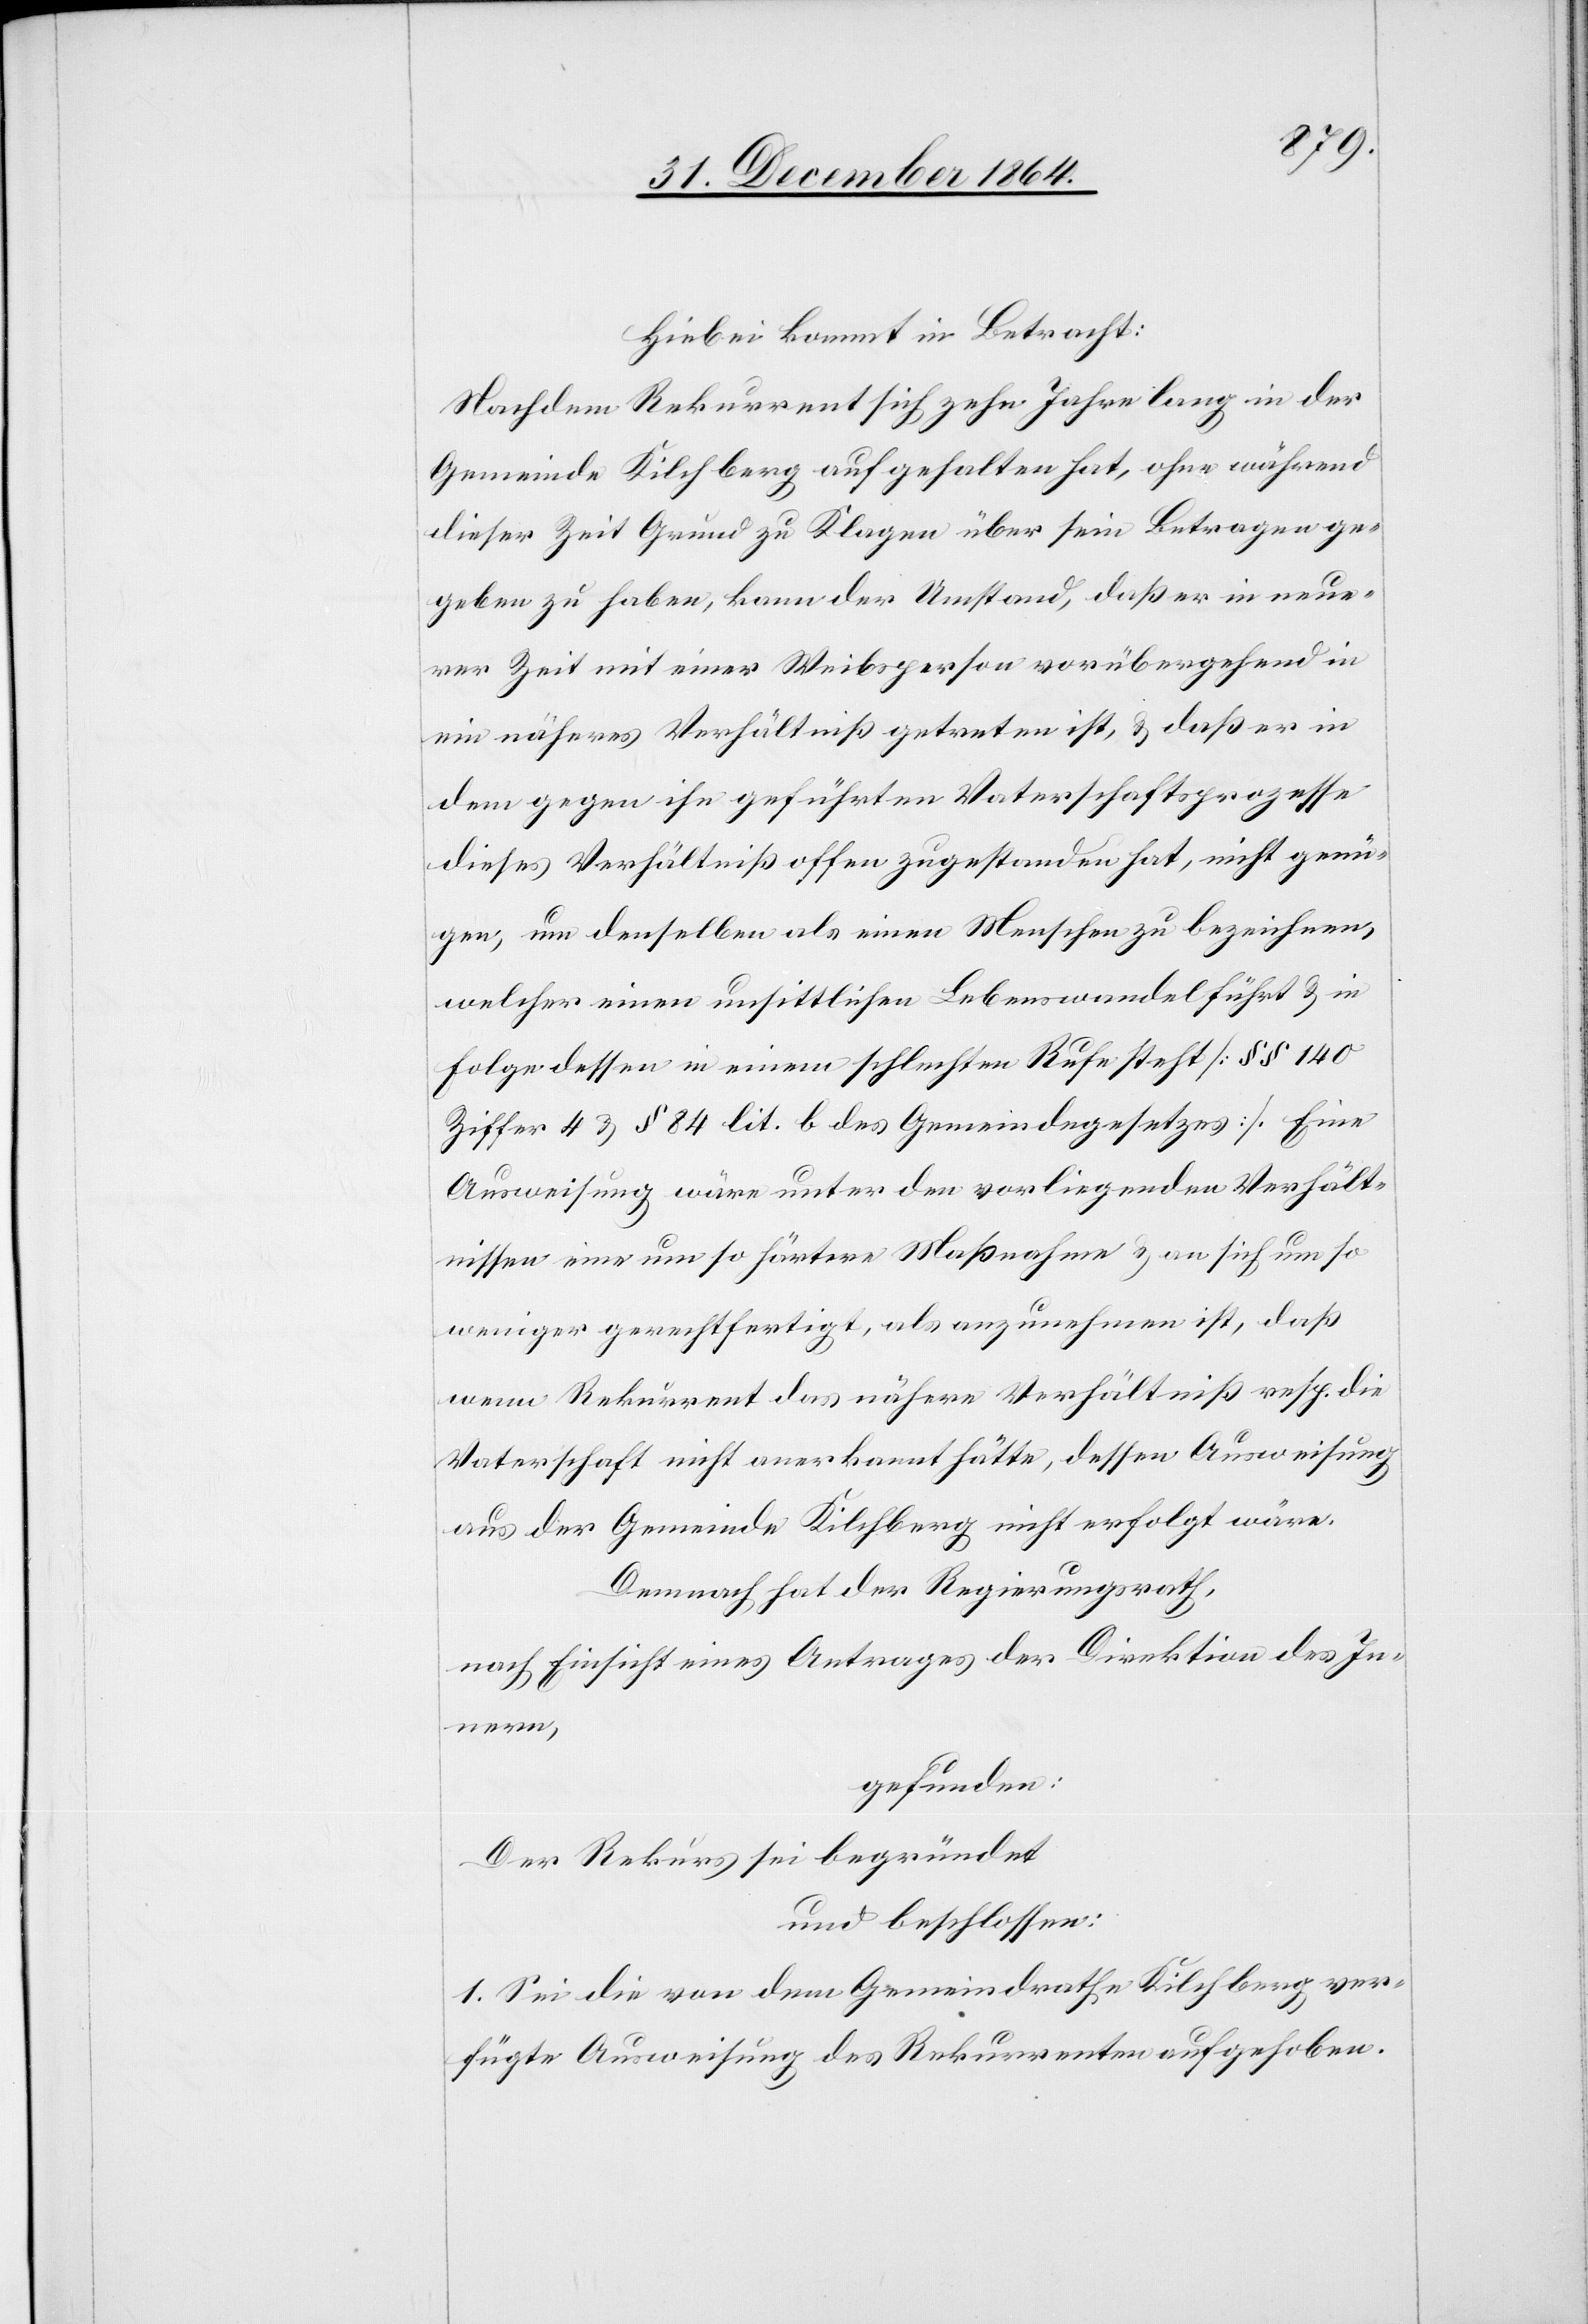
Hiebei kommt in Betracht:
Nachdem Rekurrent sich zehn Jahre lang in der
Gemeinde Kilchberg aufgehalten hat, ohne während
dieser Zeit Grund zu Klagen über sein Betragen ge¬
geben zu haben, kann der Umstand, daß er in neue¬
rer Zeit mit einer Weibsperson vorübergehend in
ein näheres Verhältniß getreten ist, & daß er in
dem gegen ihn geführten Vaterschaftsprozesse
dieses Verhältniß offen zugestanden hat, nicht genü¬
gen, um denselben als einen Menschen zu bezeichnen,
welcher einen unsittlichen Lebenswandel führt & in
Folge dessen in einem schlechten Rufe steht [§§ 140
Ziffer 4 & § 84 lit. b des Gemeindegesetzes]. Eine
Ausweisung wäre unter den vorliegenden Verhält¬
nissen eine um so härtere Maßnahme & an sich um so
weniger gerechtfertigt, als anzunehmen ist, daß
wenn Rekurrent das nähere Verhältniß resp. die
Vaterschaft nicht anerkannt hätte, dessen Ausweisung
aus der Gemeinde Kilchberg nicht erfolgt wäre.
Demnach hat der Regierungsrath,
nach Einsicht eines Antrages der Direktion des In¬
nern,
gefunden:
Der Rekurs sei begründet
und beschlossen:
1. Sei die von dem Gemeindrathe Kilchberg ver¬
fügte Ausweisung des Rekurrenten aufgehoben.